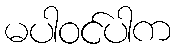
မပါဝင်ပါက